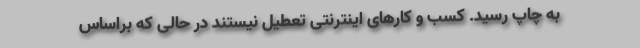
به چاپ رسید. کسب و کارهای اینترنتی تعطیل نیستند در حالی که براساس